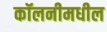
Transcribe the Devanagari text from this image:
कॉलनीमधील